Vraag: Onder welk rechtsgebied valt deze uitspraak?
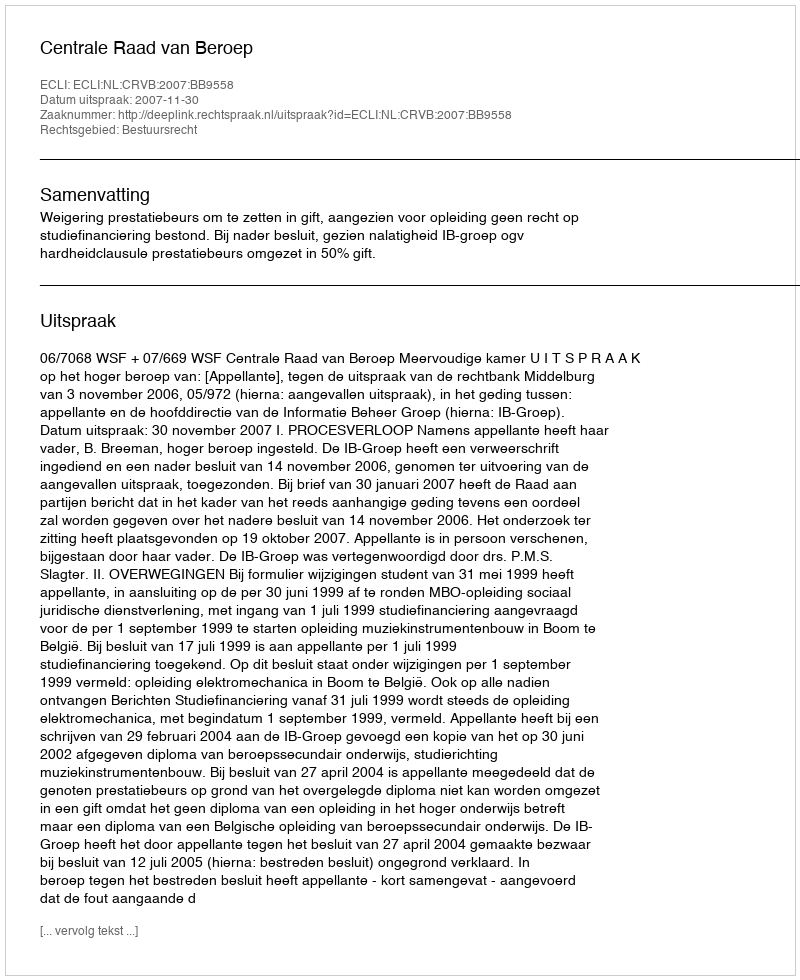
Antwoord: Bestuursrecht